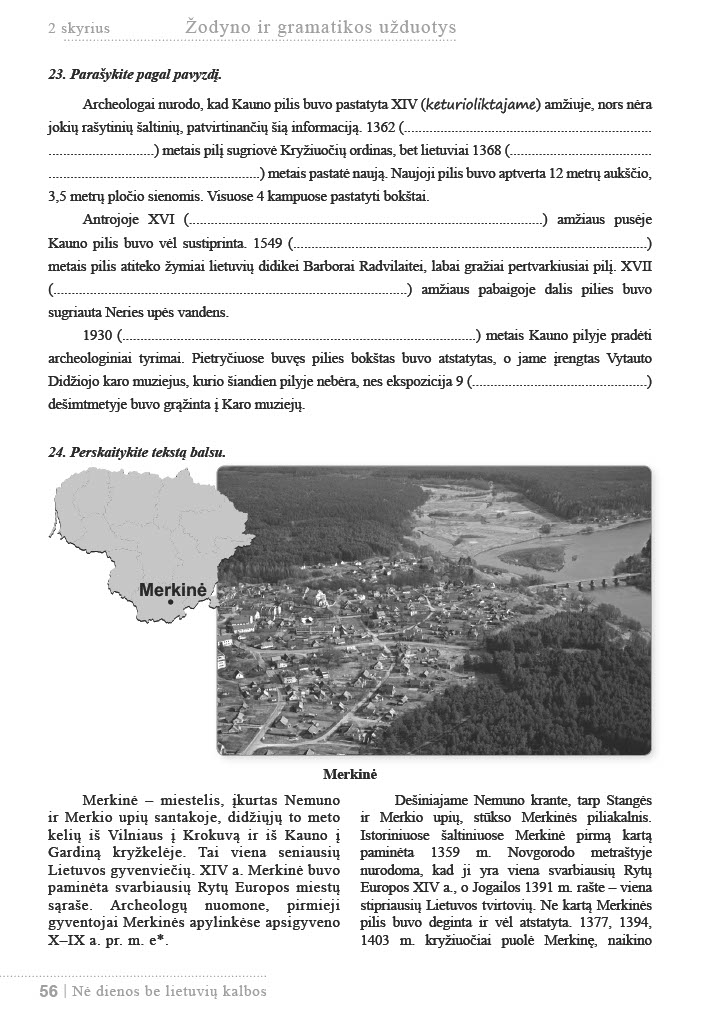
Language: lt